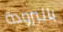
بالبرودة